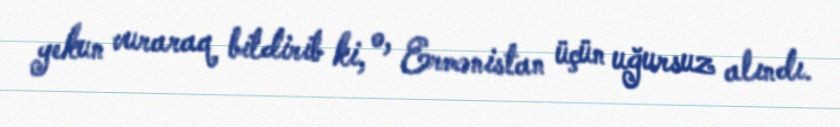
yekun vuraraq bildirib ki, o, Ermənistan üçün uğursuz alındı.